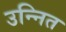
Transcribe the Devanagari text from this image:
उन्नित